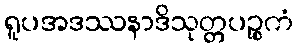
ရူပအဒဿနာဒိသုတ္တပဉ္စကံ